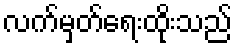
လက်မှတ်ရေးထိုးသည်